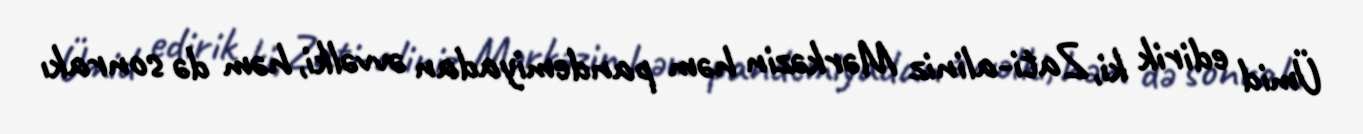
Ümid edirik ki, Zati-aliniz Mərkəzin həm pandemiyadan əvvəlki, həm də sonrakı